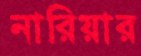
নারিয়ার